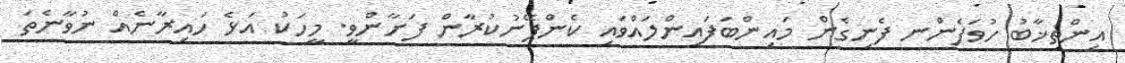
އިންތިޚާބު ހުވަފެންުނ ފެނިގެން މައިންބަފައިންލައްވައި ކެންޕޭނުކުރާން ފަށާންވީ. މީހަކު އަޅެ ހައިރާނެއް ނުވާނެތަ